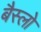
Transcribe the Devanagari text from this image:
बैस्लो